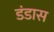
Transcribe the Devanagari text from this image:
डंडास